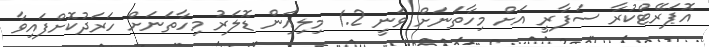
އޮޕަރޭޓްކުރާ ސަފާރީ އަށް މިހާތަނަށް ވަނީ 1.2 މިލިއަން ޑޮލަރު މިހާތަނަށް ހަރަދުކޮށްފައިވާ